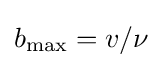
b_{\rm {max}}=v/\nu